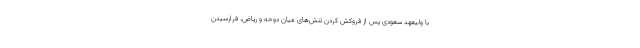
با ولیعهد سعودی پس از فروکش کردن تنش‌های میان دوحه و ریاض، فرارسیدن